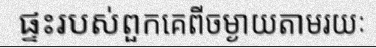
ផ្ទះរបស់ពួកគេពីចម្ងាយតាមរយៈ